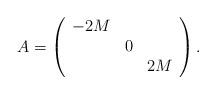
\begin{align*}A = \left(\begin{array}{ccc}-2M & & \\ & 0 & \\ & & 2M\end{array}\right).\end{align*}